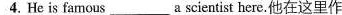
4.He is famous___a scientist here.他在这里作